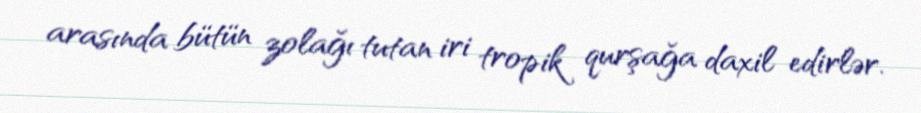
arasında bütün zolağı tutan iri tropik qurşağa daxil edirlər.